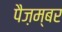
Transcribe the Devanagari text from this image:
पैज़म्बर